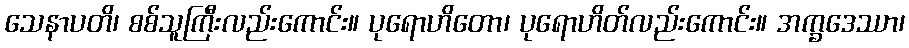
သေနာပတိ၊ စစ်သူကြီးလည်းကောင်း။ ပုရောဟိတော၊ ပုရောဟိတ်လည်းကောင်း။ အက္ခဒေဿာ၊